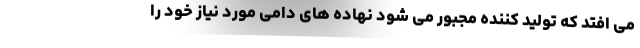
می افتد که تولید کننده مجبور می شود نهاده های دامی مورد نیاز خود را